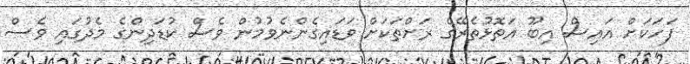
ފަހަކަށް އައިސް އިބޫ އަތޮޅުތެރޭގެ ރަށްތަކަށް ވަޑައިގެންނެވުމުން ވެސް ކުޑަދިންގެ މެދުގައި ވެސް